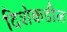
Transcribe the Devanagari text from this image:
दिशेकडील